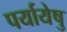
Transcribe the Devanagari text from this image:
पर्यायेषु